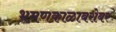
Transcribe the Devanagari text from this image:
भ्रमणकाळाबरोबर